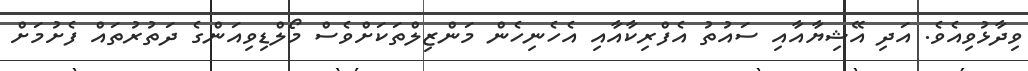
ވިދާޅުވިއެވެ. އަދި އޭޝިޔާއާއި ސައުތު އެފްރިކާއާއި އެހެނިހެން މަންޒިލްތަކަށްވެސް މޯލްޑިވިއަންގެ ދަތުރުތައް ފެށުމަށް